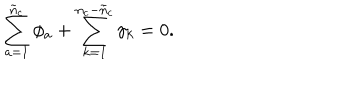
LaTeX: \sum _ { a = 1 } ^ { \tilde { n } _ { c } } \phi _ { a } + \sum _ { k = 1 } ^ { n _ { c } - \tilde { n } _ { c } } \gamma _ { k } = 0 .